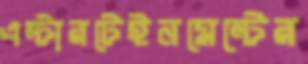
এন্টারটেইনমেন্টের